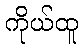
ကိုယ်ထူ